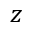
z